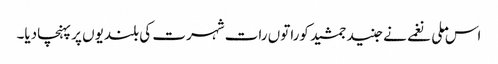
اس ملی نغمے نے جنید جمشید کوراتوں رات شہرت کی بلندیوں پر پہنچادیا۔